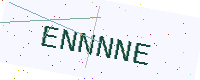
Text: ENNNNE